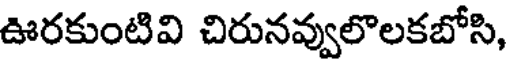
ఊరకుంటివి చిరునవ్వులొలకబోసి,